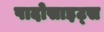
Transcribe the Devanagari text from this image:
पादोसाइट्स